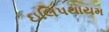
ઇલિપથાયમ